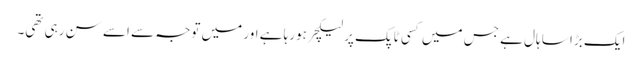
ایک بڑا سا ہال ہے جس میں‌ کسی ٹاپک پر لیکچر ہورہا ہے اور میں‌ توجہ سے اسے سن رہی تھی۔